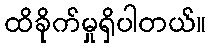
ထိခိုက်မှုရှိပါတယ်။